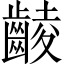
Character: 𪘵